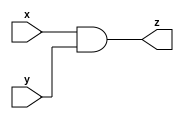
module and_1(x, y, z);
    input x, y;
    output z;

    assign z = x & y;
endmodule // and

module and_32(X, Y, Z);
    parameter WIDTH = 32;
    input [0:(WIDTH-1)] X, Y;
    output [0:(WIDTH-1)] Z;
    
    genvar i;
    generate
        for (i=0;i<WIDTH;i=i+1) begin: AND_32BIT
            //each bit of the output is just the 
            //result of an and on that bit of the two inputs
            and_1 AND_1 (
                .x(X[i]),
                .y(Y[i]),
                .z(Z[i]));
        end
    endgenerate

endmodule